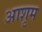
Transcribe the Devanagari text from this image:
आशृम